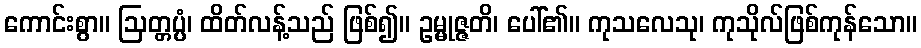
ကောင်းစွာ။ ဩတ္တပ္ပံ၊ ထိတ်လန့်သည် ဖြစ်၍။ ဥမ္မုဇ္ဇတိ၊ ပေါ်၏။ ကုသလေသု၊ ကုသိုလ်ဖြစ်ကုန်သော။